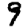
Digit: 9